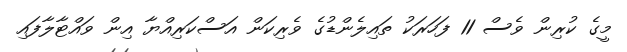
މީގެ ކުރިން ވެސް 11 ފަހަރަކު ތައިލެންޑުގެ ވެރިކަން އަސްކަރިއްޔާ އިން ވައްޓާލާފައި